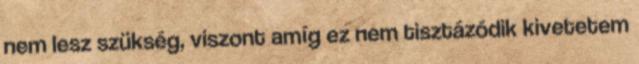
nem lesz szükség, viszont amíg ez nem tisztázódik kivetetem